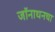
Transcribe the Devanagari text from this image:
जॉनाथनचा